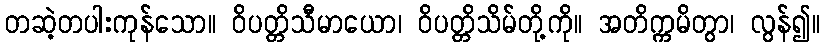
တဆဲ့တပါးကုန်သော။ ဝိပတ္တိသီမာယော၊ ဝိပတ္တိသိမ်တို့ကို။ အတိက္ကမိတွာ၊ လွန်၍။